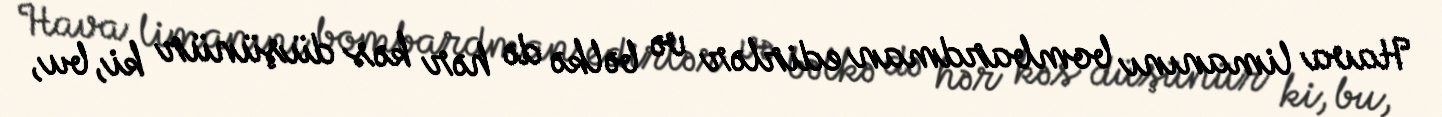
Hava limanını bombardman edirlər və bəlkə də hər kəs düşünür ki, bu,